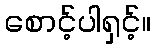
စောင့်ပါရှင့်။